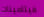
فيتامينات